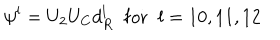
\psi ^ { l } = U _ { 2 } U _ { C } d _ { R } ^ { l } \; \; \mathrm { f o r } \; \; l = 1 0 , 1 1 , 1 2